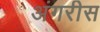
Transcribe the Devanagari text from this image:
अंगरीस